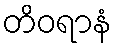
တိဝရာနံ